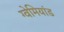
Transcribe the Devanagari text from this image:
ग्वेमियांड